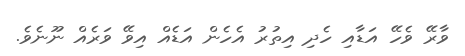
ވާރޭ ވެހޭ އަޑާއި ހެދި އިތުރު އެހެން އަޑެއް އިވޭ ވަރެއް ނޫނެވެ.